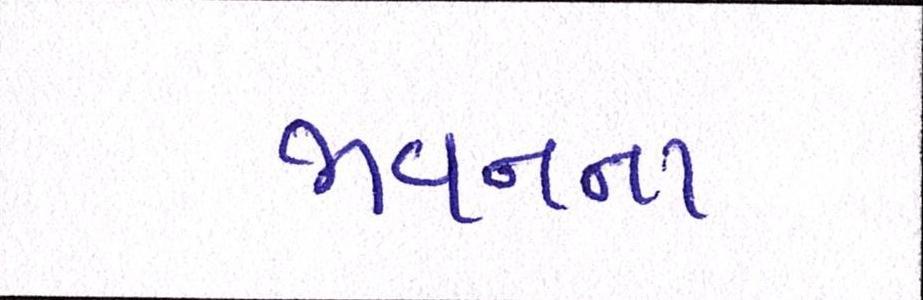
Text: ભવનના